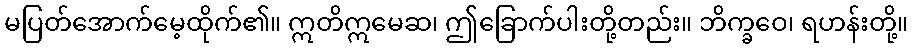
မပြတ်အောက်မေ့ထိုက်၏။ ဣတိဣမေဆ၊ ဤခြောက်ပါးတို့တည်း။ ဘိက္ခဝေ၊ ရဟန်းတို့။